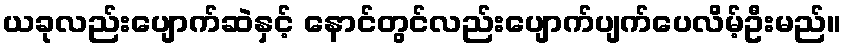
ယခုလည်းပျောက်ဆဲနှင့် နောင်တွင်လည်းပျောက်ပျက်ပေလိမ့်ဦးမည်။